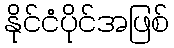
နိုင်ငံပိုင်အဖြစ်